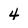
Character: 4